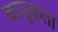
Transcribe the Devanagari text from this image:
कामूकता